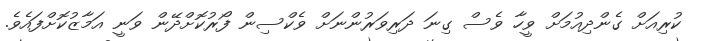
ކުރިއަށް ގެންދިއުމަށް ވީހާ ވެސް ގިނަ ދަރިވަރުންނަށް ވެކްސިން ފޯރުކޮށްދޭން ވަނީ އަމާޒުކޮށްފައެވެ.